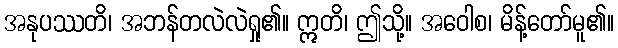
အနုပဿတိ၊ အဘန်တလဲလဲရှု၏။ ဣတိ၊ ဤသို့။ အဝေါစ၊ မိန့်တော်မူ၏။